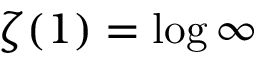
\zeta ( 1 ) = \log \infty